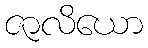
ဇာလိယော